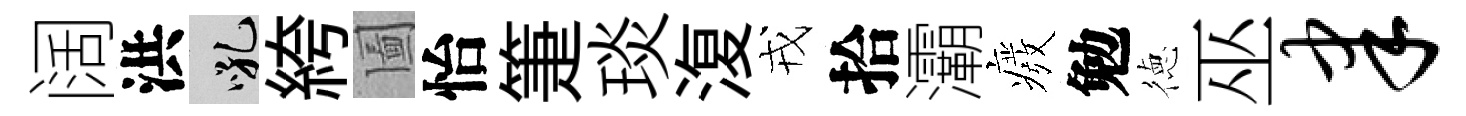
阔洪吼絝圗怡箑琰𣸪戎拾灞癈勉徳巫聿